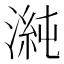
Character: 𭱴